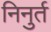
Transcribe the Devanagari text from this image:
निनुर्त